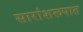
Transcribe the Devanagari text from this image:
सारांशरूपात